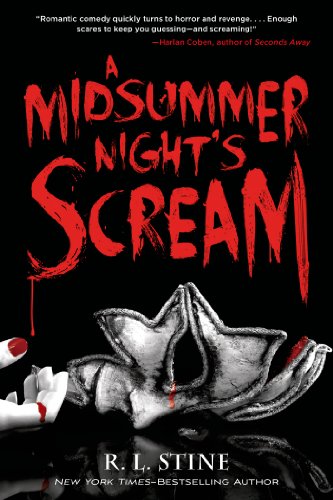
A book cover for A Midsummer Night's Scream; R. L. Stine; Teen & Young Adult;